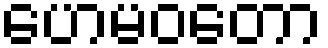
ဟေမဝတော